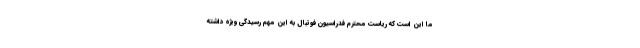
ما این است که ریاست محترم فدراسیون فوتبال به این مهم رسیدگی ویژه داشته